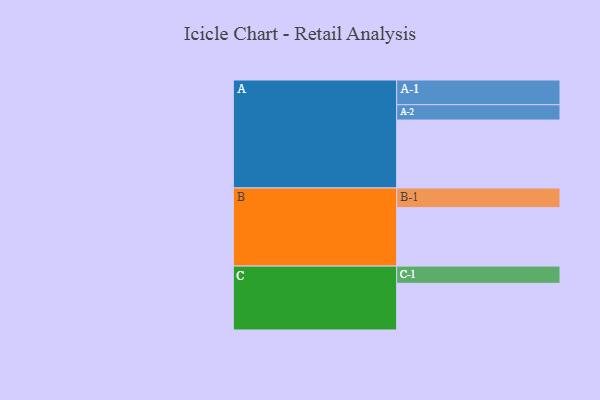
{"axis": {"x": "Segment", "y": "Value"}, "legend": ["", "A", "B", "C"], "data": [{"x": "A", "y": 536, "type": ""}, {"x": "B", "y": 461, "type": ""}, {"x": "C", "y": 368, "type": ""}, {"x": "A-1", "y": 195, "type": "A"}, {"x": "A-2", "y": 121, "type": "A"}, {"x": "B-1", "y": 155, "type": "B"}, {"x": "C-1", "y": 136, "type": "C"}]}